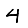
Digit: 4